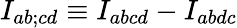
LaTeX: I_{ab;cd}\equiv I_{abcd}-I_{abdc}